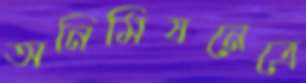
অনিমিষনেত্রে